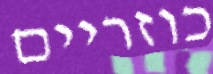
כוזריים